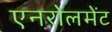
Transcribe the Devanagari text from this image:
एनरोलमेंट